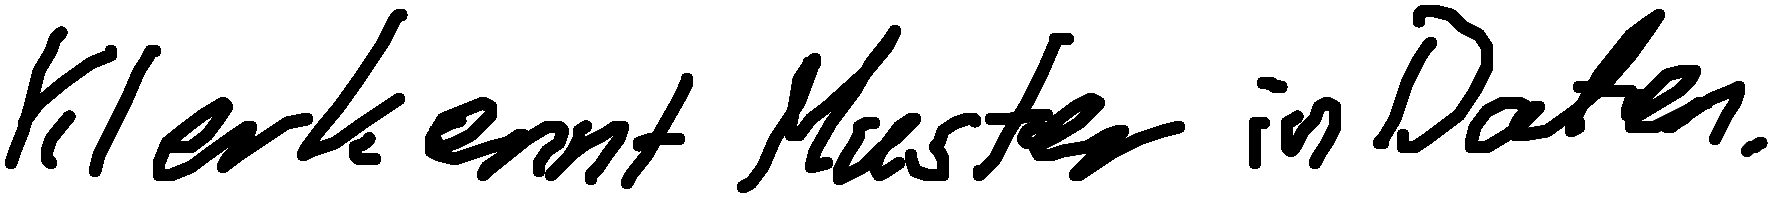
KI erkennt Muster in Daten.